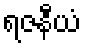
ရဇနီယံ